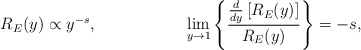
\begin{align*}R_E(y) \propto y^{-s}, ~~~~~~~~~~~~~~~~ \lim_{y\rightarrow 1}\left\{\frac{\frac{d}{dy}\left[R_E(y)\right]} {R_E(y)}\right\} = -s,\end{align*}